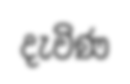
දැවිණ